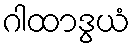
ဂါထာဒွယံ